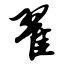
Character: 翟